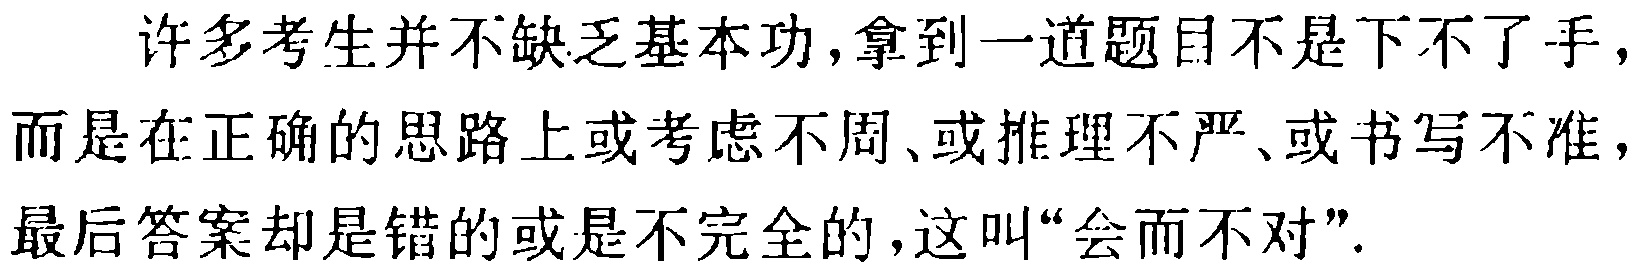
许多考生并不缺乏基本功,拿到一道题目不是下不了手,而是在正确的思路上或考虑不周、或推理不严、或书写不准,最后答案却是错的或是不完全的,这叫“会而不对”.